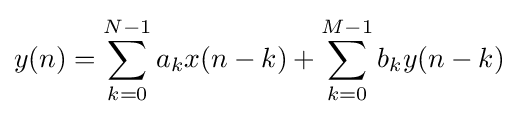
y(n)=\sum _{k=0}^{N-1}{a_{k}x(n-k)}+\sum _{k=0}^{M-1}{b_{k}y(n-k)}